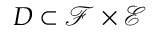
D \subset \mathcal { F } \times \mathcal { E }